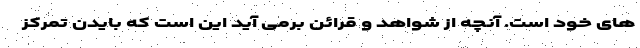
های خود است. آنچه از شواهد و قرائن برمی آید این است که بایدن تمرکز